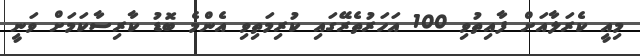
މިއީ ކެރަލާއަށް ފާއިތުވި 100 އަހަރުތެރޭގައި ކުރިމަތިވި އެންމެ ބޮޑު ކާރިސާކަމަށް ވަނީ